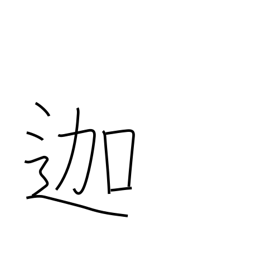
Meaning: (used phonetically)